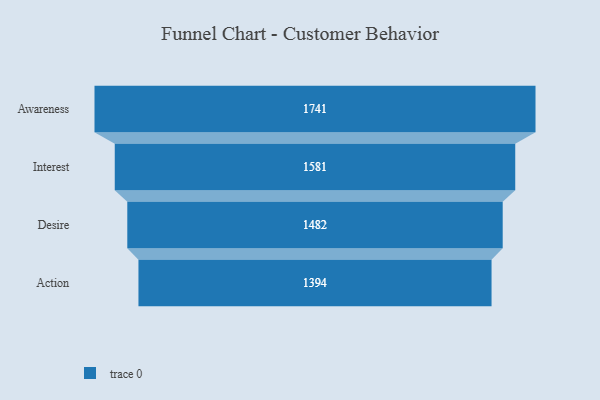
{"axis": {"x": "Stage", "y": "Value"}, "legend": [""], "data": [{"x": "Awareness", "y": 1741.0, "type": ""}, {"x": "Interest", "y": 1581.0, "type": ""}, {"x": "Desire", "y": 1482.0, "type": ""}, {"x": "Action", "y": 1394.0, "type": ""}]}